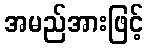
အမည်အားဖြင့်